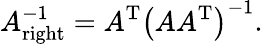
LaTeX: A_{\mathrm{right}}^{-1}=A^{\mathrm{T}}\left(AA^{\mathrm{T}}\right)^{-1}.